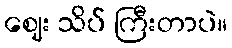
ဈေး သိပ် ကြီးတာပဲ။